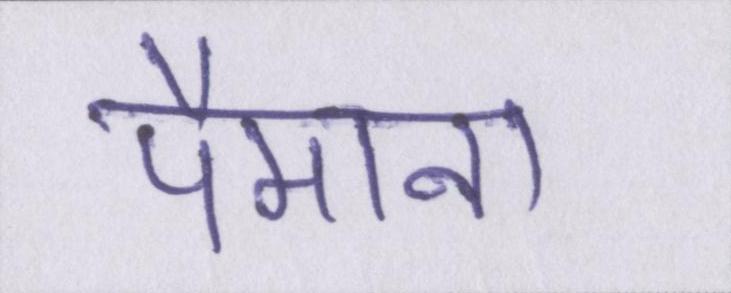
पैमाना